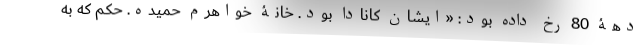
دهۀ 80 رخ داده بود: «ایشان کانادا بود. خانۀ خواهرم حمیده. حکم که به